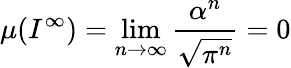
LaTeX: \mu(I^{\infty})=\operatorname*{lim}_{n\rightarrow\infty}\frac{\alpha^{n}}{\sqrt{\pi^{n}}}=0